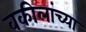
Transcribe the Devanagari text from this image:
वकीलांच्या